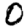
Digit: 0